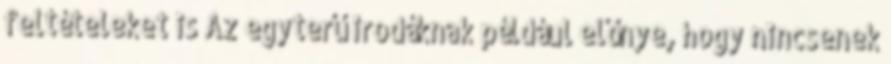
feltételeket is Az egyterű irodáknak például előnye, hogy nincsenek